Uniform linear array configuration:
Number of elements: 64
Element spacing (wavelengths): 1
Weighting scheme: binomial
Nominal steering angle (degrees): -60
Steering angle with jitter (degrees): -58.258
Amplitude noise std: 0.05
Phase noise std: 0.05

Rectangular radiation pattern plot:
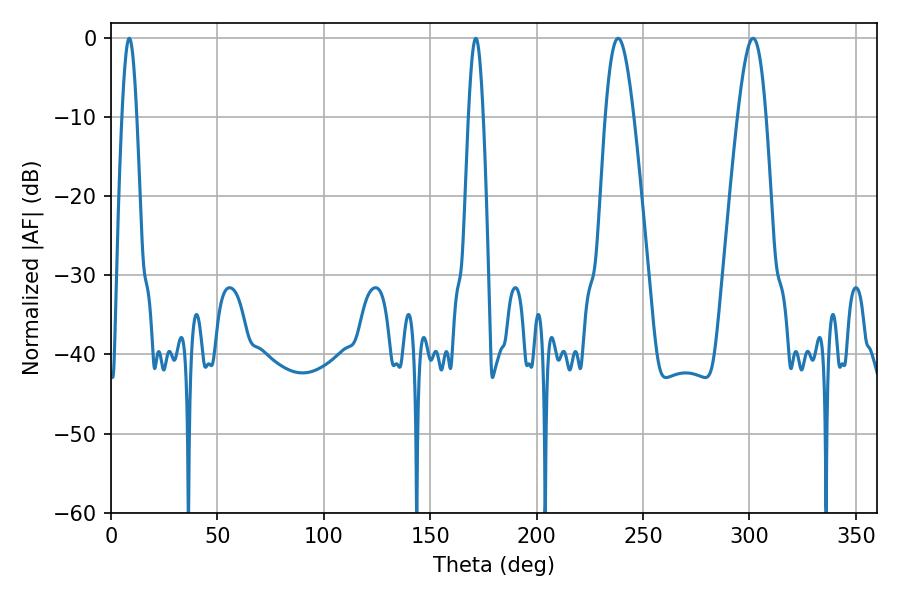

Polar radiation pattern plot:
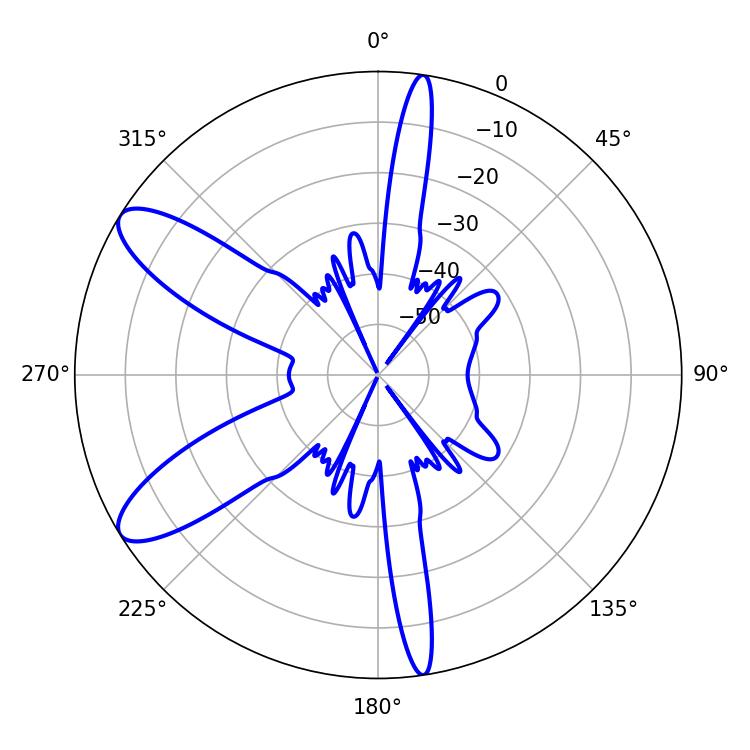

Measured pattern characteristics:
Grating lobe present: TRUE
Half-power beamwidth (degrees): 7.2
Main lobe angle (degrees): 238.32